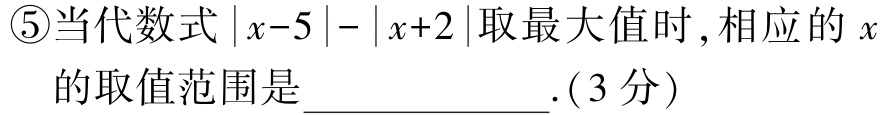
\textcircled{5}当代数式\(\vert x - 5\vert-\vert x + 2\vert\)取最大值时, 相应的\(x\)的取值范围是____________.(3分)